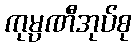
ကုမ္ပဏီအုပ်စု